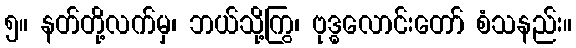
၅။ နတ်တို့လက်မှ၊ ဘယ်သို့ကြွ၊ ဗုဒ္ဓလောင်းတော် စံသနည်း။